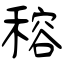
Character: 穃